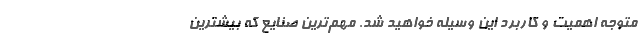
متوجه اهمیت و کاربرد این وسیله خواهید شد. مهم‌ترین صنایع که بیشترین